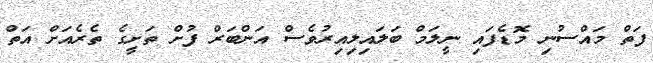
ފަތް މައްސުނި މޮޑެފައި ނީލަމް ބަލައިލިއިރުވެސް އަންބަރް ފުށް ތަށީގެ ތެރެއަށް އަތް